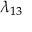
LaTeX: \lambda _ { 1 3 }